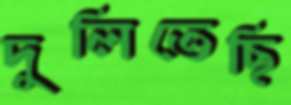
দুলিতেছি